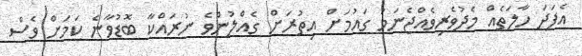
އެފަދަ ހާލަތެއް މެދުވެރިވެއްޖެނަމަ ގައުމަށް އިތުރަށް ގެއްލުންވެ ނުރައްކާ ބޮޑުވާނެ ކަމަށް ވެސް